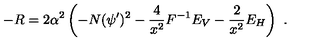
- R = 2 \alpha ^ { 2 } \left( - N ( \psi ^ { \prime } ) ^ { 2 } - { \frac { 4 } { x ^ { 2 } } } F ^ { - 1 } E _ { V } - { \frac { 2 } { x ^ { 2 } } } E _ { H } \right) \ .